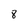
Character: 8